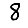
Digit: 8